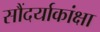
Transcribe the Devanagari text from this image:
सौंदर्याकांक्षा